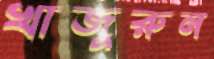
খাজুরুন